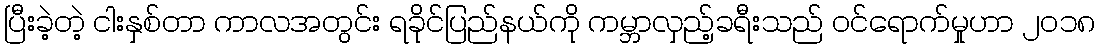
ပြီးခဲ့တဲ့ ငါးနှစ်တာ ကာလအတွင်း ရခိုင်ပြည်နယ်ကို ကမ္ဘာလှည့်ခရီးသည် ဝင်ရောက်မှုဟာ ၂၀၁၈